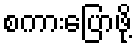
စကားပြောဖို့